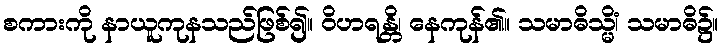
စကားကို နာယူကုနသည်ဖြစ်၍။ ဝိဟရန္တိ၊ နေကုန်၏။ သမာဓိသ္မိံ၊ သမာဓိ၌။